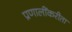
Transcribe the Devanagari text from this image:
प्रणालींकरीता